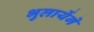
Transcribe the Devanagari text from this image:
भुलायेंगे